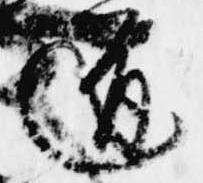
道